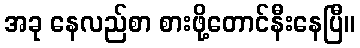
အခု နေလည်စာ စားဖို့တောင်နီးနေပြီ။